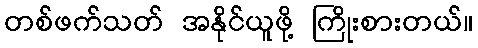
တစ်ဖက်သတ် အနိုင်ယူဖို့ ကြိုးစားတယ်။